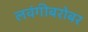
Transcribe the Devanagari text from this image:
लवंगीबरोबर